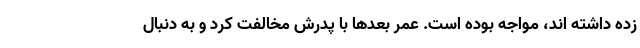
زده داشته اند، مواجه بوده است. عمر بعدها با پدرش مخالفت کرد و به دنبال